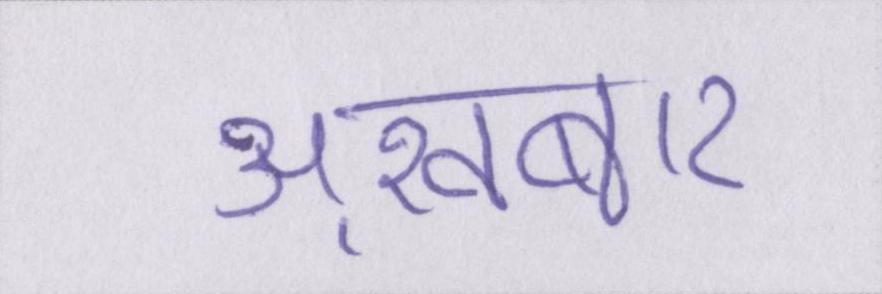
अख़बार